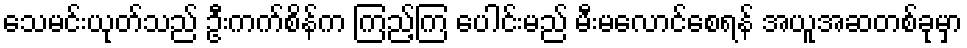
သေမင်းယုတ်သည် ဦးကက်စိန်က ကြည့်ကြ ပေါင်းမည် မီးမလောင်စေရန် အယူအဆတစ်ခုမှာ